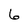
Character: 6